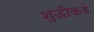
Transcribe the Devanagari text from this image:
शुद्धीकडे